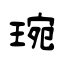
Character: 琬